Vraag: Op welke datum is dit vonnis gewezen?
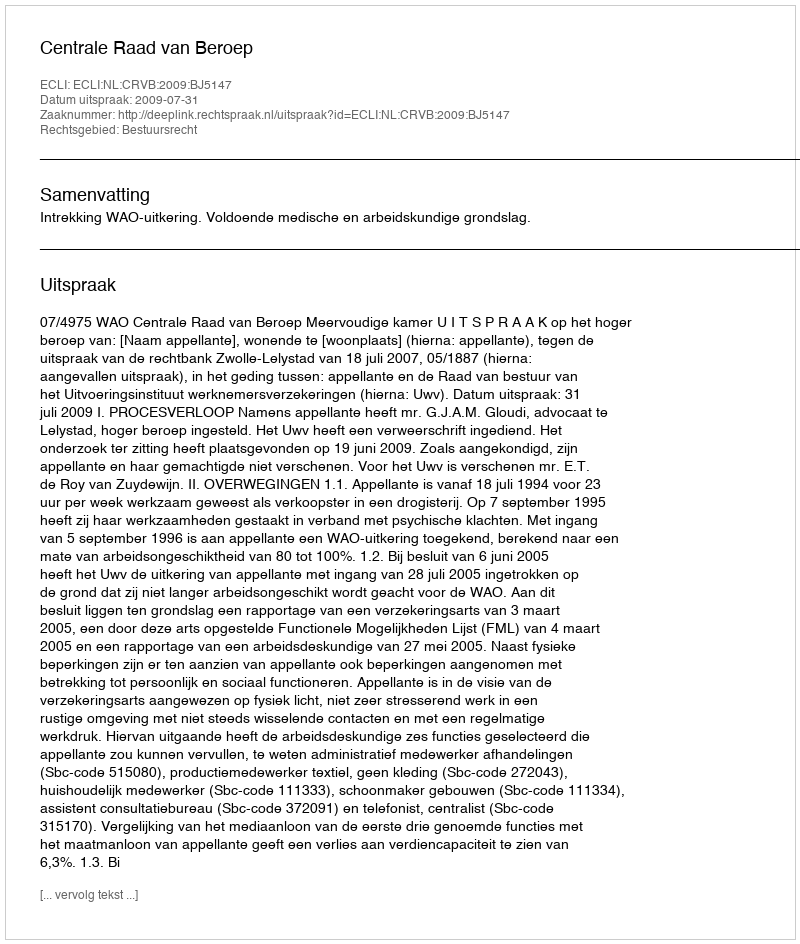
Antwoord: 2009-07-31